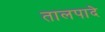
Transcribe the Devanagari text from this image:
तालपादे